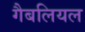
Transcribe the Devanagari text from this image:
गैबलियल